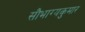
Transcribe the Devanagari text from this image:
सौभाग्यकुमार